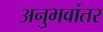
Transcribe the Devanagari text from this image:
अनुभवांतर